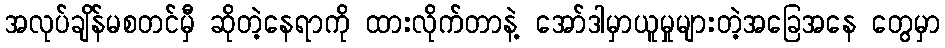
အလုပ်ချိန်မစတင်မှီ ဆိုတဲ့နေရာကို ထားလိုက်တာနဲ့ အော်ဒါမှာယူမှုများတဲ့အခြေအနေ တွေမှာ